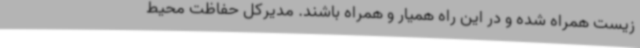
زیست همراه شده و در این راه همیار و همراه باشند. مدیرکل حفاظت محیط